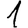
Digit: 1